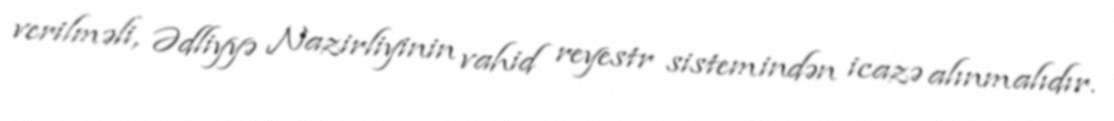
verilməli, Ədliyyə Nazirliyinin vahid reyestr sistemindən icazə alınmalıdır.